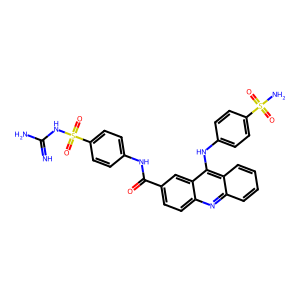
SMILES: N=C(N)NS(=O)(=O)c1ccc(NC(=O)c2ccc3nc4ccccc4c(Nc4ccc(S(N)(=O)=O)cc4)c3c2)cc1
Inhibits HIV replication: No